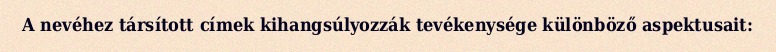
A nevéhez társított címek kihangsúlyozzák tevékenysége különböző aspektusait: